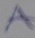
Text: A